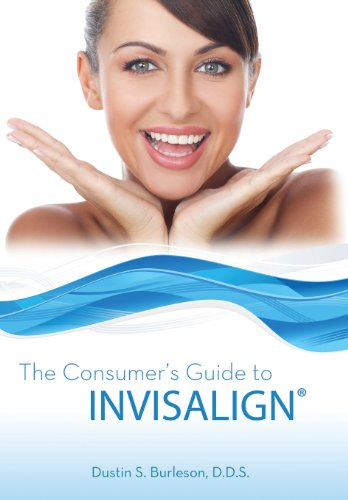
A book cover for The Consumer's Guide to Invisalign; Dustin S. Burleson; Medical Books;